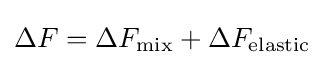
\Delta F=\Delta F_{\mathrm {mix} }+\Delta F_{\mathrm {elastic} }